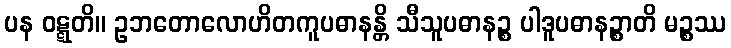
ပန ဝဋ္ဋတိ။ ဥဘတောလောဟိတကူပဓာနန္တိ သီသူပဓာနဉ္စ ပါဒူပဓာနဉ္စာတိ မဉ္စဿ